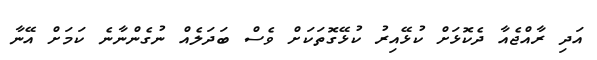
އަދި ރާއްޖެއާ ދެކޮޅަށް ކުޅޭއިރު ކުޅޭގޮތަކަށް ވެސް ބަދަލެއް ނުގެންނާނެ ކަމަށް އޭނާ